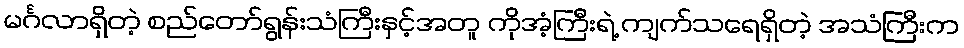
မင်္ဂလာရှိတဲ့ စည်တော်ရွန်းသံကြီးနှင့်အတူ ကိုအံ့ကြီးရဲ့ ကျက်သရေရှိတဲ့ အသံကြီးက